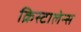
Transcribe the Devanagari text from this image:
क्रिस्टालेन्स